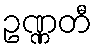
ဥဏ္ဏတီ